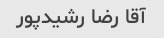
آقا رضا رشیدپور